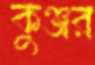
কুঞ্জর